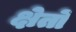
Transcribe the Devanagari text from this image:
क्षेतों